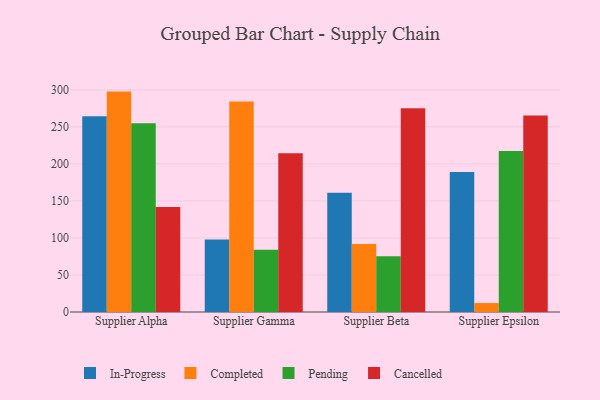
{"axis": {"x": "Supplier", "y": "Backlog"}, "legend": ["Cancelled", "Completed", "In-Progress", "Pending"], "data": [{"x": "Supplier Alpha", "y": 264.4, "type": "In-Progress"}, {"x": "Supplier Alpha", "y": 297.6, "type": "Completed"}, {"x": "Supplier Alpha", "y": 254.8, "type": "Pending"}, {"x": "Supplier Alpha", "y": 141.7, "type": "Cancelled"}, {"x": "Supplier Gamma", "y": 97.9, "type": "In-Progress"}, {"x": "Supplier Gamma", "y": 284.1, "type": "Completed"}, {"x": "Supplier Gamma", "y": 84.0, "type": "Pending"}, {"x": "Supplier Gamma", "y": 214.4, "type": "Cancelled"}, {"x": "Supplier Beta", "y": 161.1, "type": "In-Progress"}, {"x": "Supplier Beta", "y": 91.8, "type": "Completed"}, {"x": "Supplier Beta", "y": 75.4, "type": "Pending"}, {"x": "Supplier Beta", "y": 275.1, "type": "Cancelled"}, {"x": "Supplier Epsilon", "y": 189.2, "type": "In-Progress"}, {"x": "Supplier Epsilon", "y": 12.1, "type": "Completed"}, {"x": "Supplier Epsilon", "y": 217.5, "type": "Pending"}, {"x": "Supplier Epsilon", "y": 265.2, "type": "Cancelled"}]}